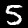
Digit: 5